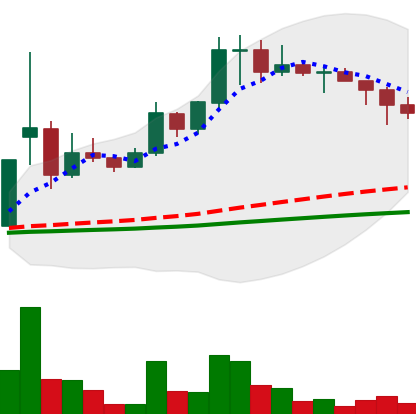
Ticker: DOGE-USD
Chart end date: 2021-02-16
Forward return: 4.596%
Label: up_3_5